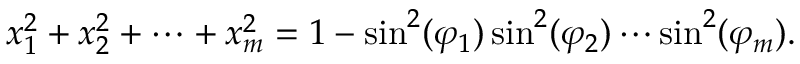
\begin{array} { r } { x _ { 1 } ^ { 2 } + x _ { 2 } ^ { 2 } + \cdots + x _ { m } ^ { 2 } = 1 - \sin ^ { 2 } ( \varphi _ { 1 } ) \sin ^ { 2 } ( \varphi _ { 2 } ) \cdots \sin ^ { 2 } ( \varphi _ { m } ) . } \end{array}